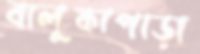
বালুকাপাড়া